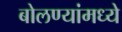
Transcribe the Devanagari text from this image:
बोलण्यांमध्ये